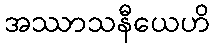
အဿာသနီယေဟိ